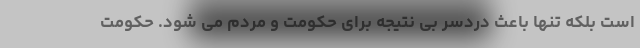
است بلکه تنها باعث دردسر بی نتیجه برای حکومت و مردم می شود. حکومت